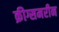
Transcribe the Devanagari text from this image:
क्रीग्समरीन